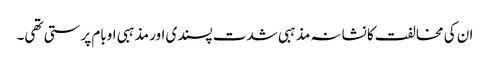
ان کی مخالفت کا نشانہ مذہبی شدت پسندی اور مذہبی اوبام پرستی تھی۔